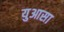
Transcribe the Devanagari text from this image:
युआसा